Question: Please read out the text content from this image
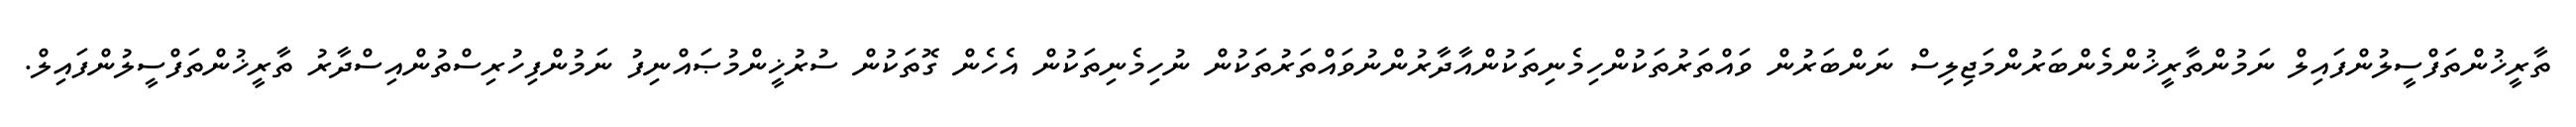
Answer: ތާރީޚުންތަފްސީލުންފައިލް ނަމުންތާރީޚުންމެންބަރުންމަޖިލިސް ނަންބަރުން ވައްތަރުތަކުންހިމެނިތަކުންއާދާރުންނުވައްތަރުތަކުން ނުހިމެނިތަކުން އެހެން ގޮތަކުން ސުރުޚީންމުޞައްނިފު ނަމުންފިހުރިސްތުންއިސްދާރު ތާރީޚުންތަފްސީލުންފައިލް.